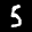
Label: 5